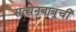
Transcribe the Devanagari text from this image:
सत्येनबाबूची